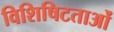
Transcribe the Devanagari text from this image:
विशिषिटताओं